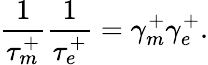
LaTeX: \frac{1}{\tau_{m}^{+}}\frac{1}{\tau_{e}^{+}}=\gamma_{m}^{+}\gamma_{e}^{+}.